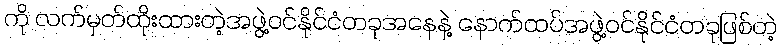
ကို လက်မှတ်ထိုးထားတဲ့အဖွဲ့ဝင်နိုင်ငံတခုအနေနဲ့ နောက်ထပ်အဖွဲ့ဝင်နိုင်ငံတခုဖြစ်တဲ့